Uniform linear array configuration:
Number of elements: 48
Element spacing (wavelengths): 0.75
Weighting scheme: hann
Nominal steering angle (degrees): -30
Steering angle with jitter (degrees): -29.788
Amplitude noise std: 0.05
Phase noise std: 0.05

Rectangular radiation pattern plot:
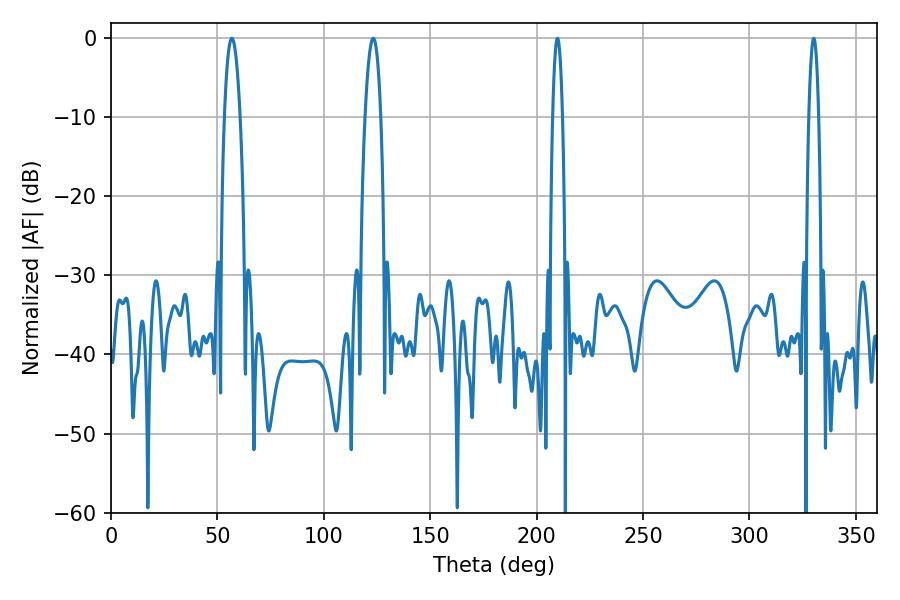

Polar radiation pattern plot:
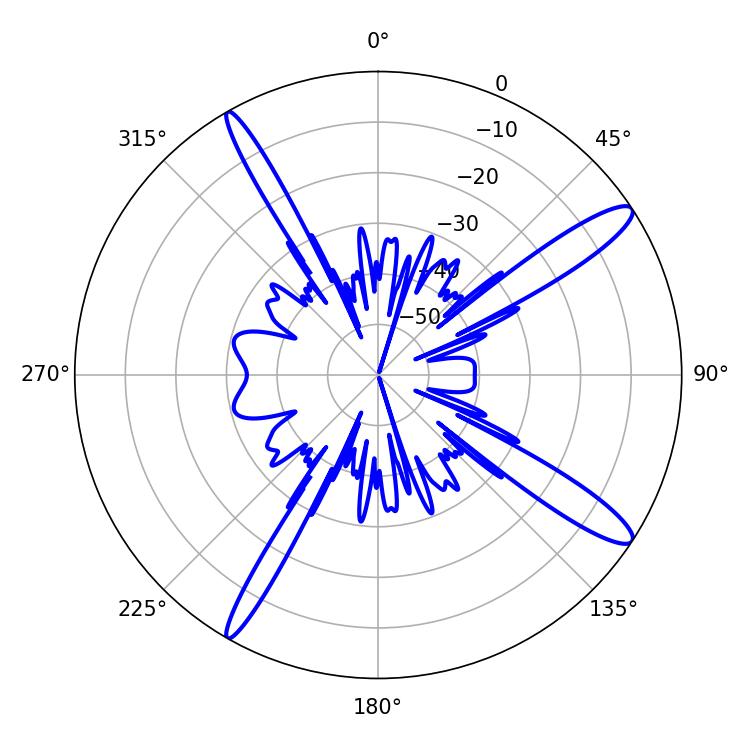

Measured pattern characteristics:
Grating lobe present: TRUE
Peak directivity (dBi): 13.939
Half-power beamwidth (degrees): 4.14
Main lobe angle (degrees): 56.7